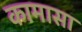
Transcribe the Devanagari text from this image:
कामासा